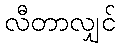
လီတာလျှင်